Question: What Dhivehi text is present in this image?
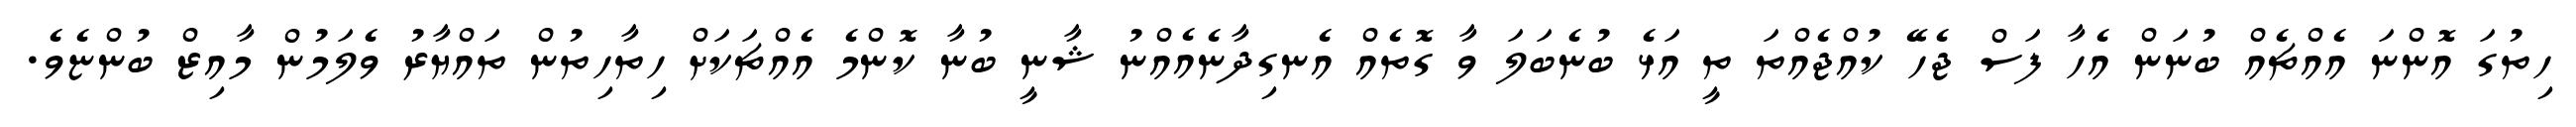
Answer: ހިތުގަ އޮންނަ އެއްޗެއް ބުނަން އެހާ ފަސް ޖެހޭ ކުއްޖެއްތަ ތީ އަޅެ ބުނެބަލަ ވާ ގޮތެއް އެނގިދާނެއެއްނު ޝާނީ ބުނާ ކޮންމެ އެއްޗަކަށް ހިތާހިތުން ތައްޔާރު ވެލަމުން މާއިޒް ބުންޏެވެ.